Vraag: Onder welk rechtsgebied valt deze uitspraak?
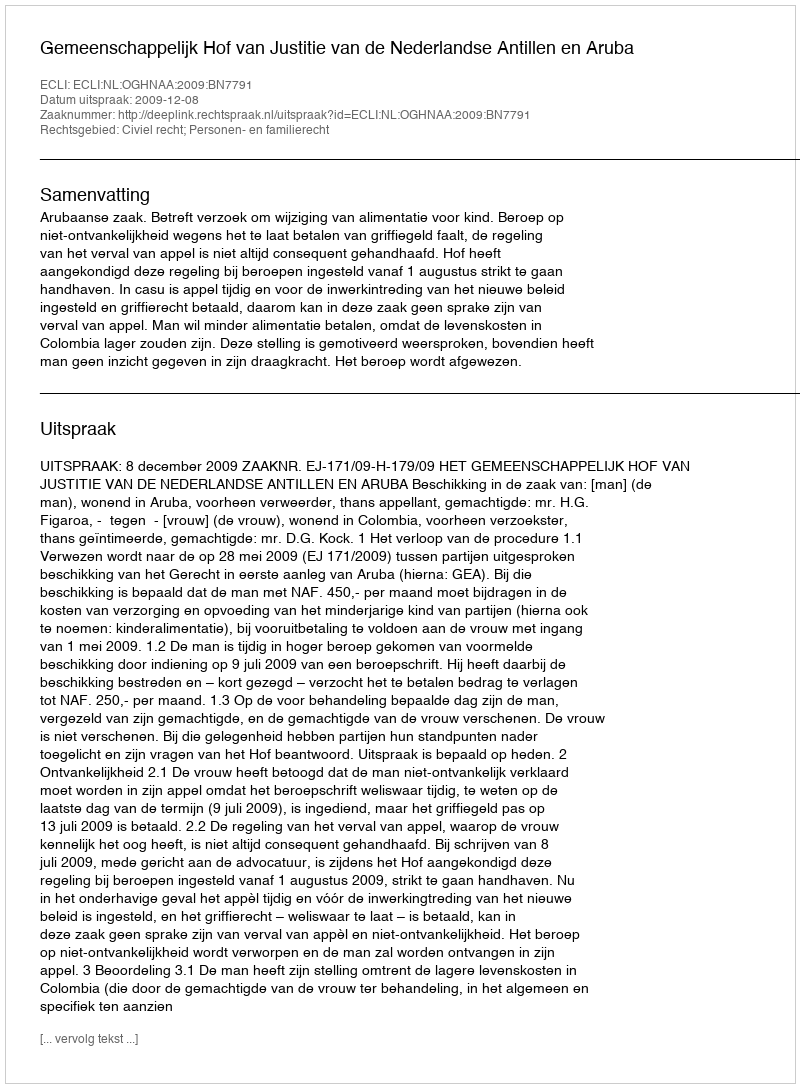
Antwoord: Civiel recht; Personen- en familierecht